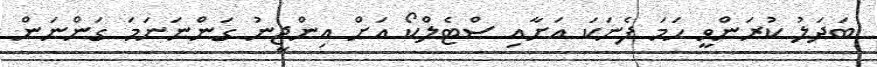
ބަދަލު ކުރަންވީ ހަމަ ފެނަކަ އަށާއި ސްޓެލްކޯ އަށް އިންޖީނު ގަންނަނަމަ ގަންނަން